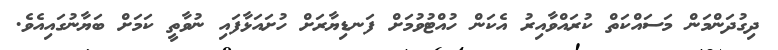
ދިގުދަންމަން މަސައްކަތް ކުރައްވާއިރު އެކަން ހުއްޓުވުމަށް ފަނޑިޔާރަށް ހުށައަޅާފައި ނުވާތީ ކަމަށް ބަޔާނުގައިއެވެ.